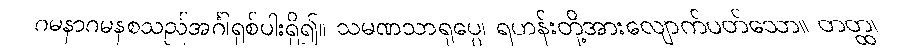
ဂမနာဂမနစသည်အင်္ဂါရှစ်ပါးရှိ၍။ သမဏသာရုပ္ပေ၊ ရဟန်းတို့အားလျောက်ပတ်သော။ တတ္ထ၊